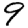
Digit: 9